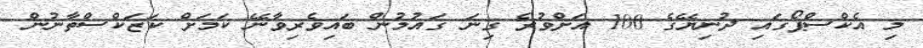
މި އެކްސްޕޯގައި ދުނިޔޭގެ 100 އަށްވުރެ ގިނަ ގައުމުން ބައިވެރިވާނޭ ކަމަށް ކަޒަކްސްތާނުން